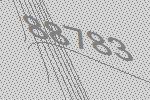
88783